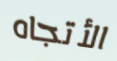
الأتجاه